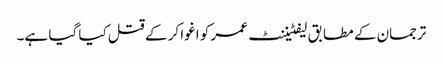
ترجمان کے مطابق لیفٹیننٹ عمر کو اغوا کر کے قتل کیا گیا ہے۔